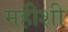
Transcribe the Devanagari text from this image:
महीशी